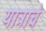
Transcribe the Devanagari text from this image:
यात्राचे